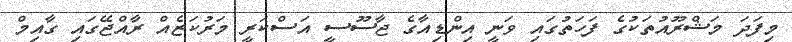
މިފަދަ މަޝްރޫއުތަކުގެ ފަހަތުގައި ވަނީ އިންޑިއާގެ ޖާސޫސީ އަސްކަރީ މަރުކަޒެއް ރާއްޖޭގައި ގާއިމް